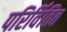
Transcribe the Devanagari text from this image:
परिर्वितित